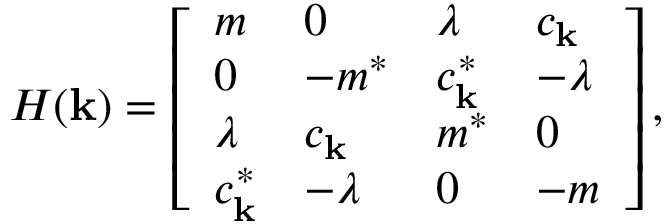
\begin{array} { r } { H ( \mathbf { k } ) = \left[ \begin{array} { l l l l } { m } & { 0 } & { \lambda } & { c _ { \mathbf { k } } } \\ { 0 } & { - m ^ { * } } & { c _ { \mathbf { k } } ^ { * } } & { - \lambda } \\ { \lambda } & { c _ { \mathbf { k } } } & { m ^ { * } } & { 0 } \\ { c _ { \mathbf { k } } ^ { * } } & { - \lambda } & { 0 } & { - m } \end{array} \right] , } \end{array}